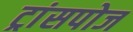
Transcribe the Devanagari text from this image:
ट्रांसपोज